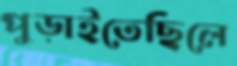
পুড়াইতেছিলে